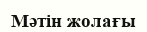
Мәтін жолағы